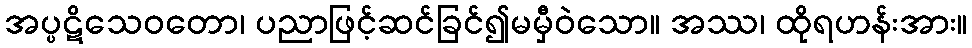
အပ္ပဋိသေဝတော၊ ပညာဖြင့်ဆင်ခြင်၍မမှီဝဲသော။ အဿ၊ ထိုရဟန်းအား။